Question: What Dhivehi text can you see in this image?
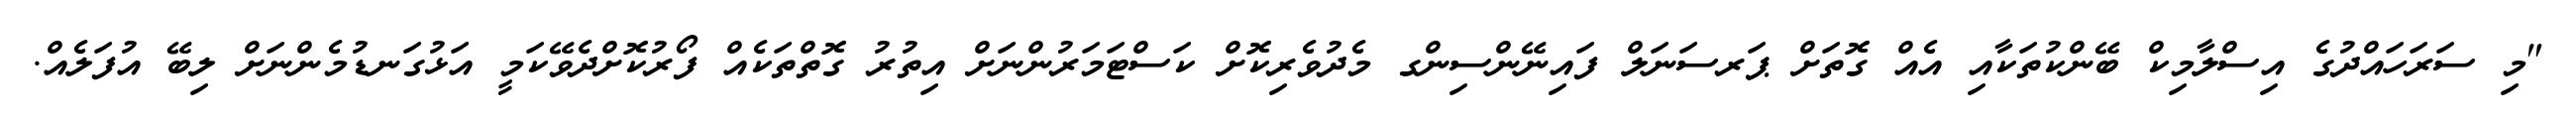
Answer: "މި ސަރަހައްދުގެ އިސްލާމިކް ބޭންކުތަކާއި އެއް ގޮތަށް ޕަރސަނަލް ފައިނޭންސިންގ މެދުވެރިކޮށް ކަސްޓަމަރުންނަށް އިތުރު ގޮތްތަކެއް ފޯރުކޮށްދެވޭކަމީ އަޅުގަނޑުމެންނަށް ލިބޭ އުފަލެއް.